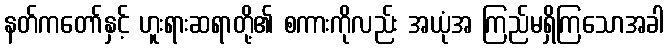
နတ်ကတော်နှင့် ဟူးရားဆရာတို့၏ စကားကိုလည်း အယုံအ ကြည်မရှိကြသောအခါ